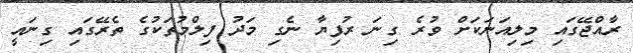
ރާއްޖޭގައި މިލިއަނަކަށް ވުރެ ގިނަ ރުފިޔާ ނެގި މަދު ފިލްމުތަކުގެ ތެރޭގައި ގިނައީ